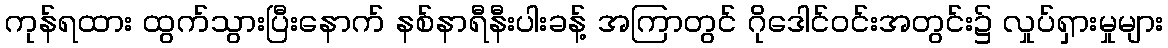
ကုန်ရထား ထွက်သွားပြီးနောက် နစ်နာရီနီးပါးခန့် အကြာတွင် ဂိုဒေါင်ဝင်းအတွင်း၌ လှုပ်ရှားမှုများ